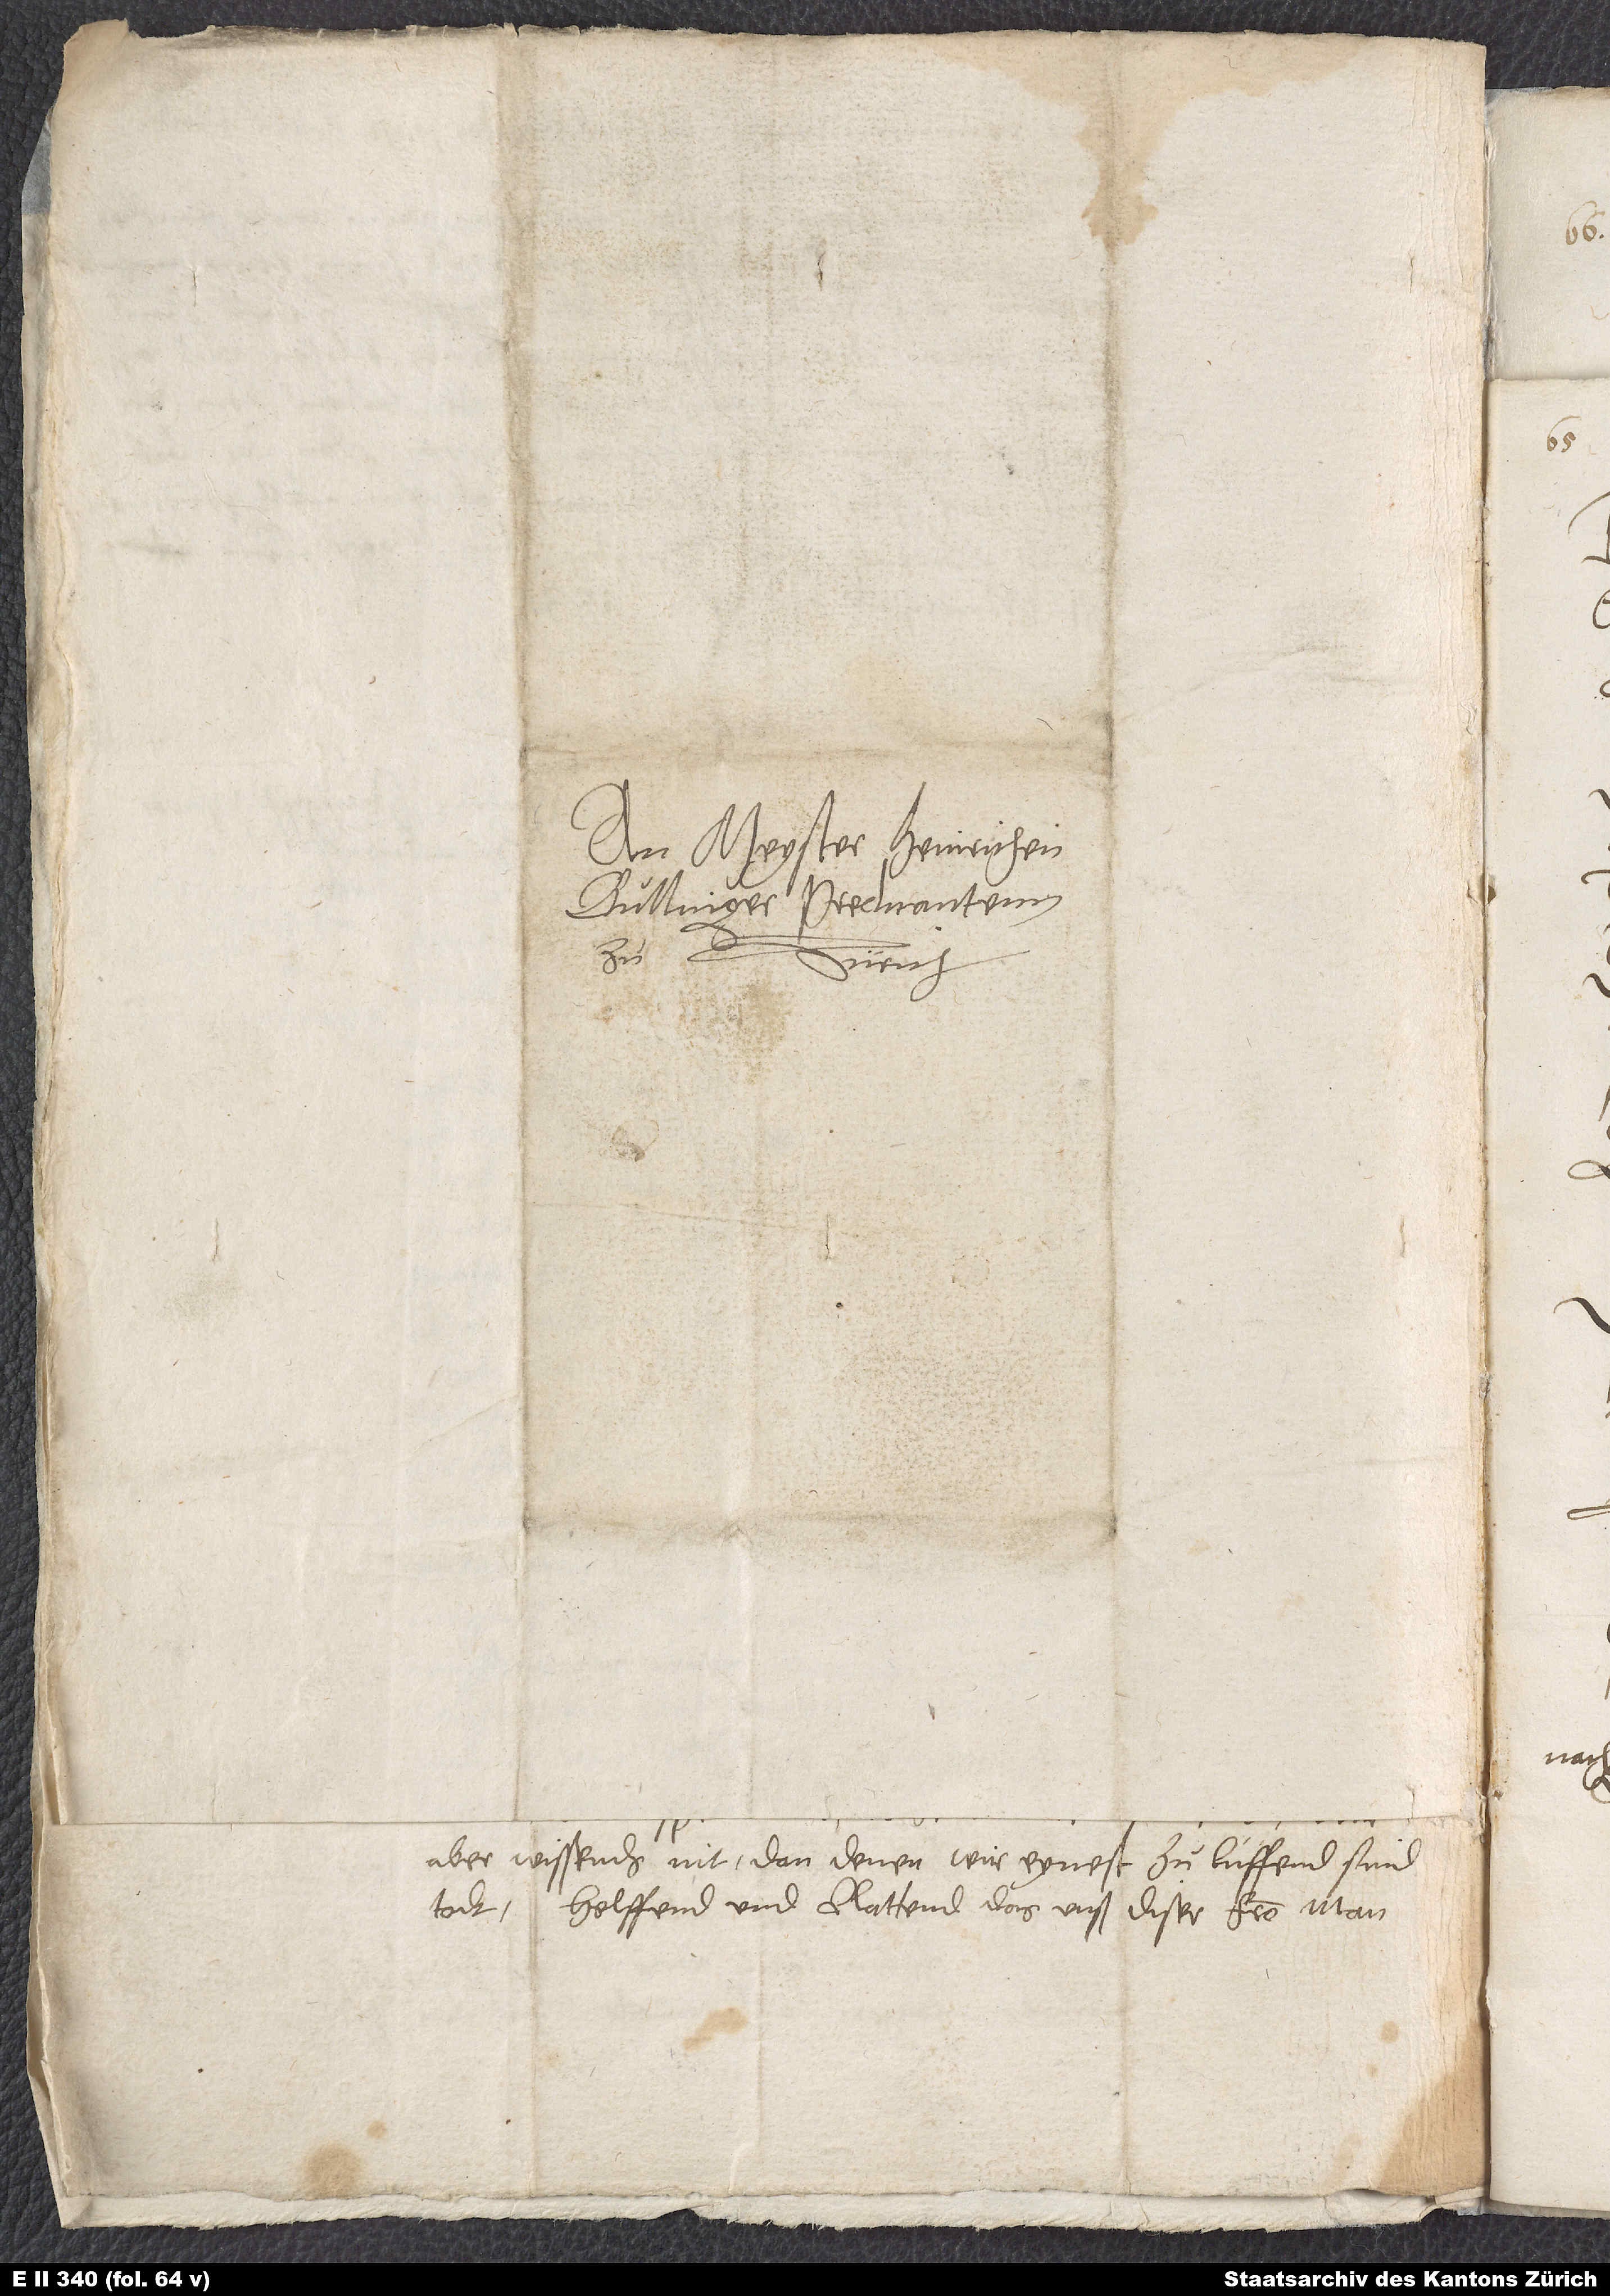
An Meyster Heinrichen
Bullinger, predicantenn
Zürich
aber wissends nit, dan denen wir eynest zulüffend, sind
todt.
Helffend und rattend, das unß diser from man